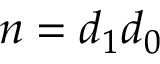
n = d _ { 1 } d _ { 0 }